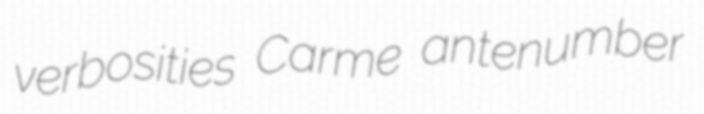
verbosities Carme antenumber